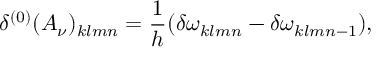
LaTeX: \delta ^ { ( 0 ) } ( { \cal A } _ { \nu } ) _ { k l m n } = { \frac { 1 } { h } } ( \delta \omega _ { k l m n } - \delta \omega _ { k l m n - 1 } ) ,